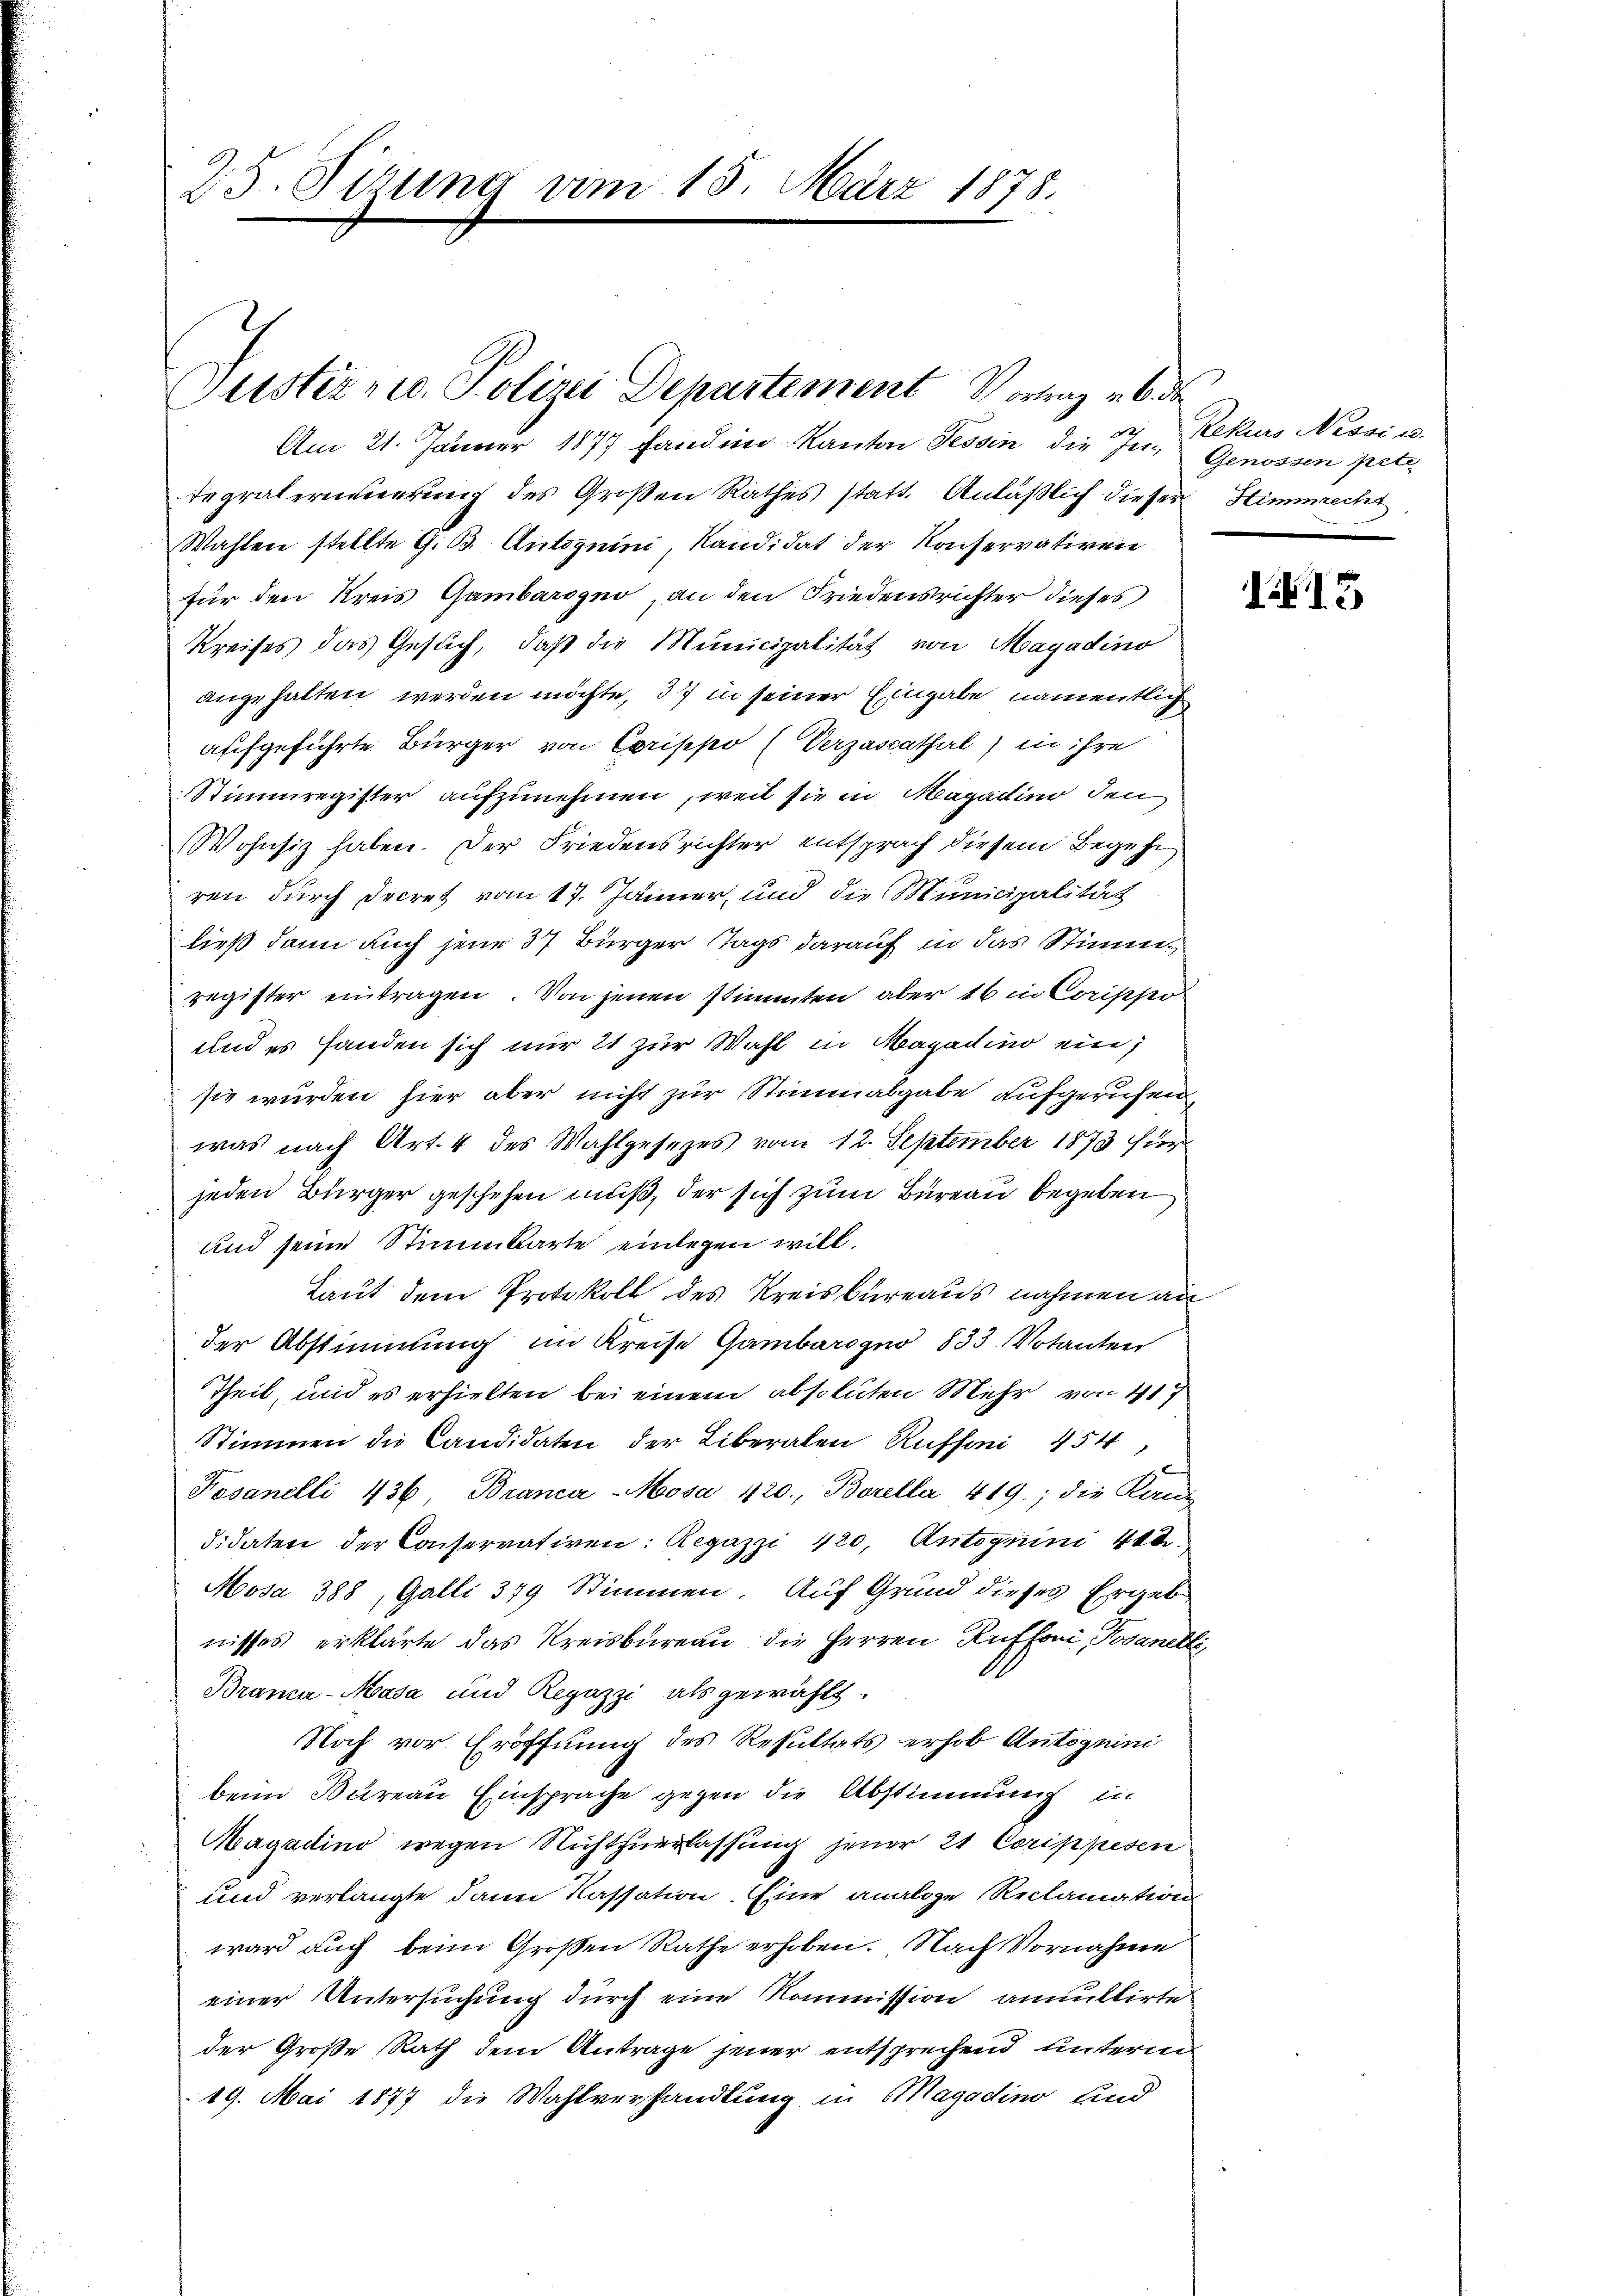
25. Jirung vom 15. März 1878.

Justiz no. Polizei Departement Vortrag u. 6. de
Am 21. Jänner 1877 fand in Kanton Tessin die In- Genossen pete

Repräterinnerung des Großen Rathes statt. Anläßlich dieser Stimmrecht
Wahlen stellte G. B. Autoguini, Kandidat der Konservativen
für den Kreis Gambarogno, an den Friedensrichter dieses
Kreises das Gesuch, daß die Municipalität von Magadino
angehalten werden möchte, 37 in seiner Eingabe namentlich
aufgeführte Bürger von Corippo (Verzascathal) in ihre
Stimmregister aufzunehmen, weil sie in Magadino den
Wohnsiz haben. Der Friedensrichter entsprach diesem Begehr
ren durch decret vom 17. Jänner, und die Municipalität
ließ dann auch jene 37 Bürger Tags darauf in das Stimmregister eintragen. Von jenen stimmten aber 16 in Corippo
und es handen sich nur 21 zur Wahl in Magadin ein;
sie wurden hier aber nicht zur Stimmabgabe aufgerufen,
was nach Art. 4 des Wahlgesezes vom 12. September 1873 hier
jeden Bürger geschehen muß, der sich zum Bureau begeben
und seine Stimmbarte einlegen will.
Laut dem Protokoll des Kreisbureaus nahmen an
der Abstimmung im Kreise Gambarogno 833 Votanten
Theil, und es erhielten bei einem absoluten Mehr von 417
Stimmen die Candidaten der Liberalen Ruffoni 454
Kosanelli 436, Branca-Moosa, 420., Borella 419; die Kan
didaten der Conservativen Regazzi 420, Antognini 418.
Mosa 388, Galli 349 Stimmen. Auf Grund dieses Ergeb
nisses erklärte das Kreisbureau die Herren Ruffoni, Jovanelli,
Branza-Masa und Regazzi als gewählt.
Noch vor Eröffnung des Resultats erhob Antoguini
beim Bureau Einsprache gegen die Abstimmung in
Magadino wegen Nichtzuerlassung jener 21 Corippesen
und verlangte dann Cassation. Eine analoge Reclamation
ward auch beim Großen Rathe erhoben. Nach Vornahme
einer Untersuchung durch eine Kommission annullirte
der Große Rath dem Antrage jener entsprechend unterm
19. Mai 1877 die Wahlverhandlung in Magadino und

Rekurs Nessi u.

15